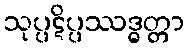
သုပ္ပဋိပ္ပဿဒ္ဓတ္တာ